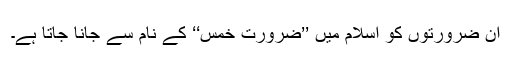
ان ضرورتوں کو اسلام میں ’’ضرورت خمس‘‘ کے نام سے جانا جاتا ہے۔